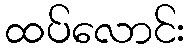
ထပ်လောင်း